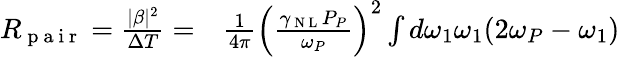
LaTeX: \begin{array}{rl}{R_{\mathrm{~p~a~i~r~}}=\frac{|\beta|^{2}}{\Delta T}=}&{{}\frac{1}{4\pi}\left(\frac{\gamma_{\mathrm{~N~L~}}P_{P}}{\omega_{P}}\right)^{2}\int d\omega_{1}\omega_{1}(2\omega_{P}-\omega_{1})}\end{array}